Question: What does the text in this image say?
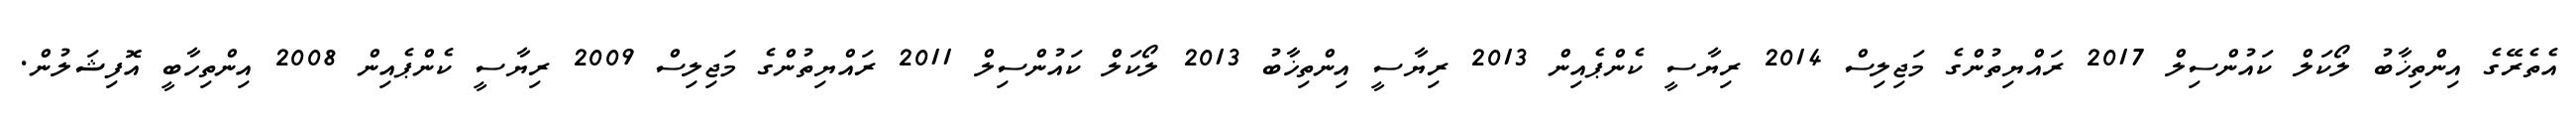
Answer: އެތެރޭގެ އިންތިޚާބު ލޯކަލް ކައުންސިލް 2017 ރައްޔިތުންގެ މަޖިލިސް 2014 ރިޔާސީ ކެންޕެއިން 2013 ރިޔާސީ އިންތިޚާބު 2013 ލޯކަލް ކައުންސިލް 2011 ރައްޔިތުންގެ މަޖިލިސް 2009 ރިޔާސީ ކެންޕެއިން 2008 އިންތިހާބީ އޮފިޝަލުން.